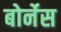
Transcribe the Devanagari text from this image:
बोर्नेस